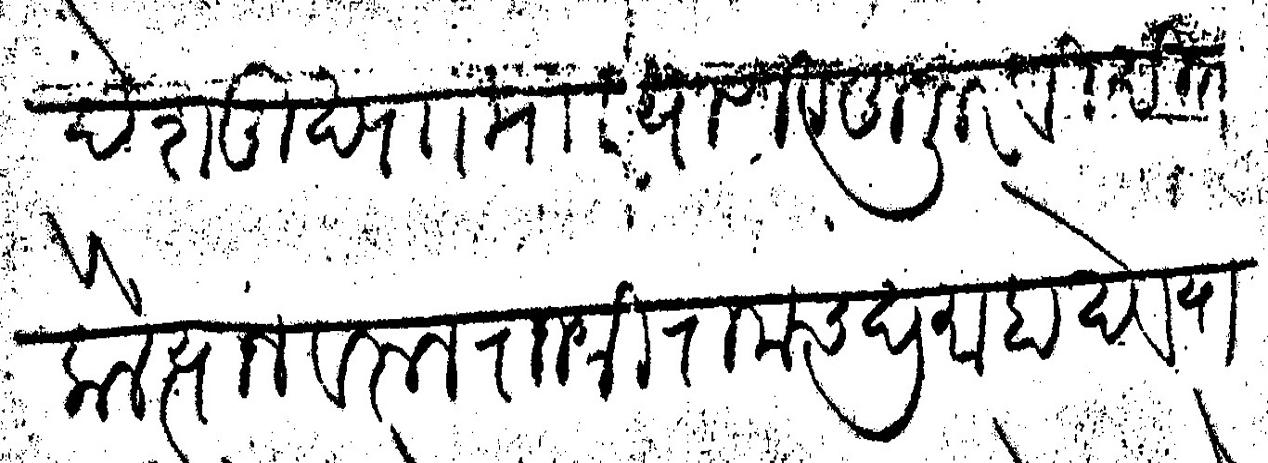
Transliteration (Devanagari): देशमुख पा मार याणी हुजूर विदित केले त्याजवरून राजश्री रामचंद्र माहादेव यास